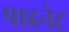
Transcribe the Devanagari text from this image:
पाइनेट